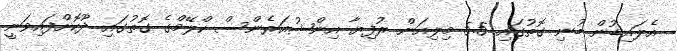
އެލައިޑުން ބުނި ގޮތުގައި 5.5 މިލިއަން ރުފިޔާ އިންޝުއަރެންސް ކްލޭމްގެ ގޮތުގައި ދޫކޮށްފައިވަނީ